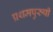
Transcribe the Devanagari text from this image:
प्रथमपुरुषी